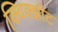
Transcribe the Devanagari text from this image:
क्विक्झोट